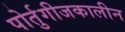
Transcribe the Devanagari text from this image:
पोर्तुगीजकालीन